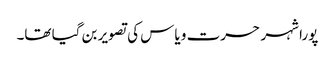
پورا شہر حسرت و یاس کی تصویر بن گیا تھا۔